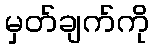
မှတ်ချက်ကို